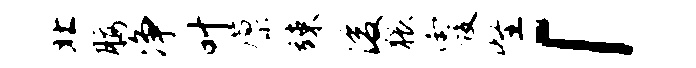
北腰净叶廪竦浚猥霞怪「